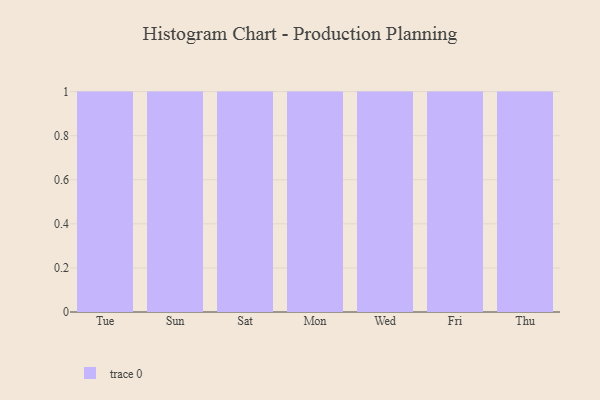
{"axis": {"x": "Day", "y": "Conversion Rate (%)"}, "legend": [""], "data": [{"x": "Tue", "y": 56, "type": ""}, {"x": "Sun", "y": 17, "type": ""}, {"x": "Sat", "y": 19, "type": ""}, {"x": "Mon", "y": 62, "type": ""}, {"x": "Wed", "y": 54, "type": ""}, {"x": "Fri", "y": 79, "type": ""}, {"x": "Thu", "y": 65, "type": ""}]}